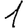
Digit: 1